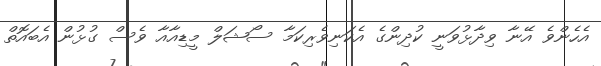
އެހެންވެ އޭނާ ވިދާޅުވަނީ ކުދިންގެ އެކަނިވެރިކަމާ ސޯޝަލް މީޑިއާއާ ވެސް ގުޅުން އެބައޮތް